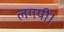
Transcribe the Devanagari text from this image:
लगयी।